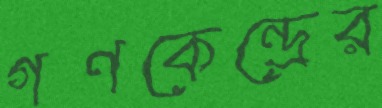
গণকেন্দ্রের